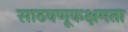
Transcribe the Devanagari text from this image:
साठवणूकक्षमता